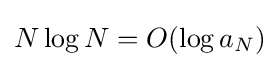
N\log N=O(\log a_{N})